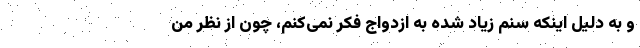
و به دلیل اینکه سنم زیاد شده به ازدواج فکر نمی‌کنم، چون از نظر من